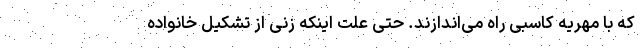
که با مهریه کاسبی راه می‌اندازند. حتی علت اینکه زنی از تشکیل خانواده